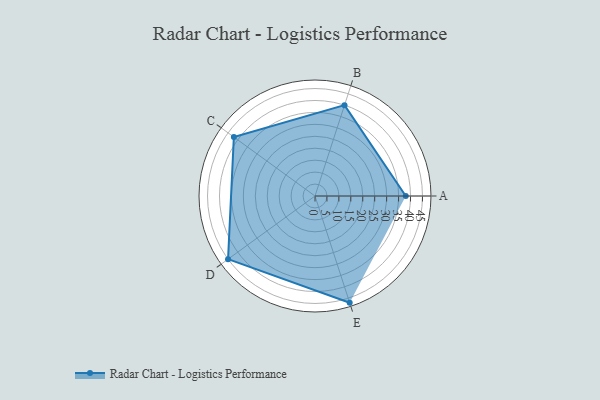
{"axis": {"x": "Skill", "y": "Score"}, "legend": ["Profile"], "data": [{"x": "A", "y": 38.0, "type": "Profile"}, {"x": "B", "y": 40.0, "type": "Profile"}, {"x": "C", "y": 42.0, "type": "Profile"}, {"x": "D", "y": 45.0, "type": "Profile"}, {"x": "E", "y": 47.0, "type": "Profile"}]}